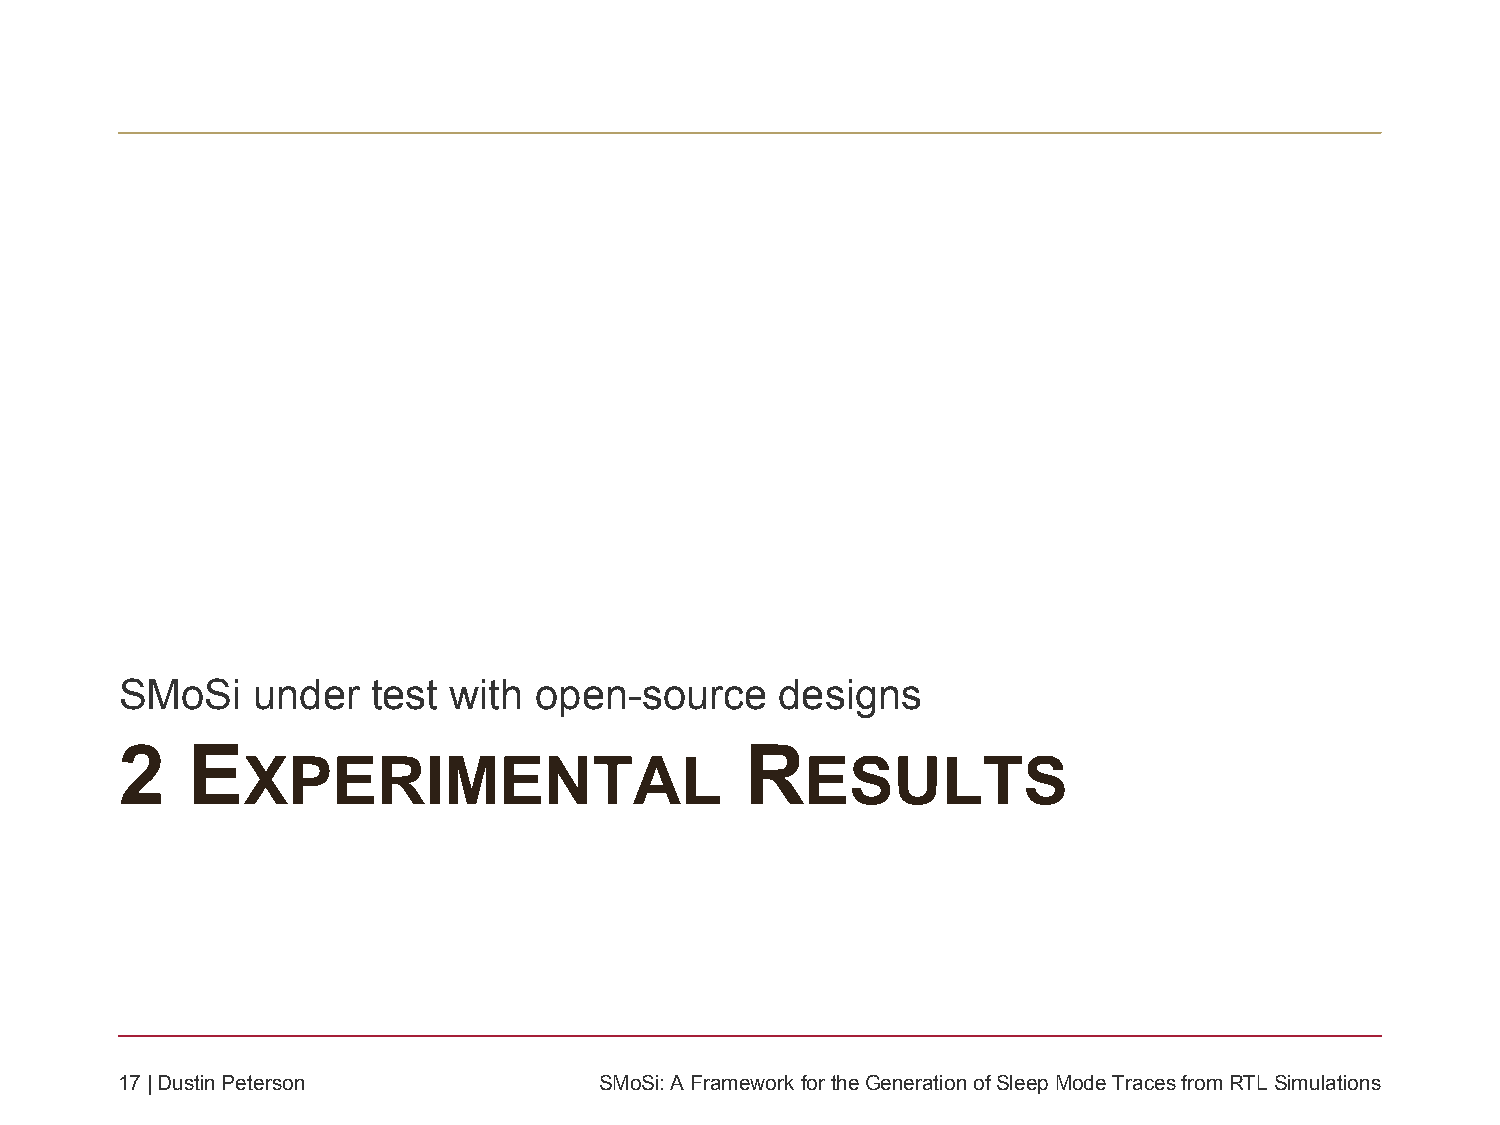
SMoSi    under   test with open-source      designs
 2   E                                    R
 XPERIMENTAL                          ESULTS
 17| Dustin Peterson             SMoSi: A Framework fortheGeneration ofSleepMode Traces fromRTL Simulations